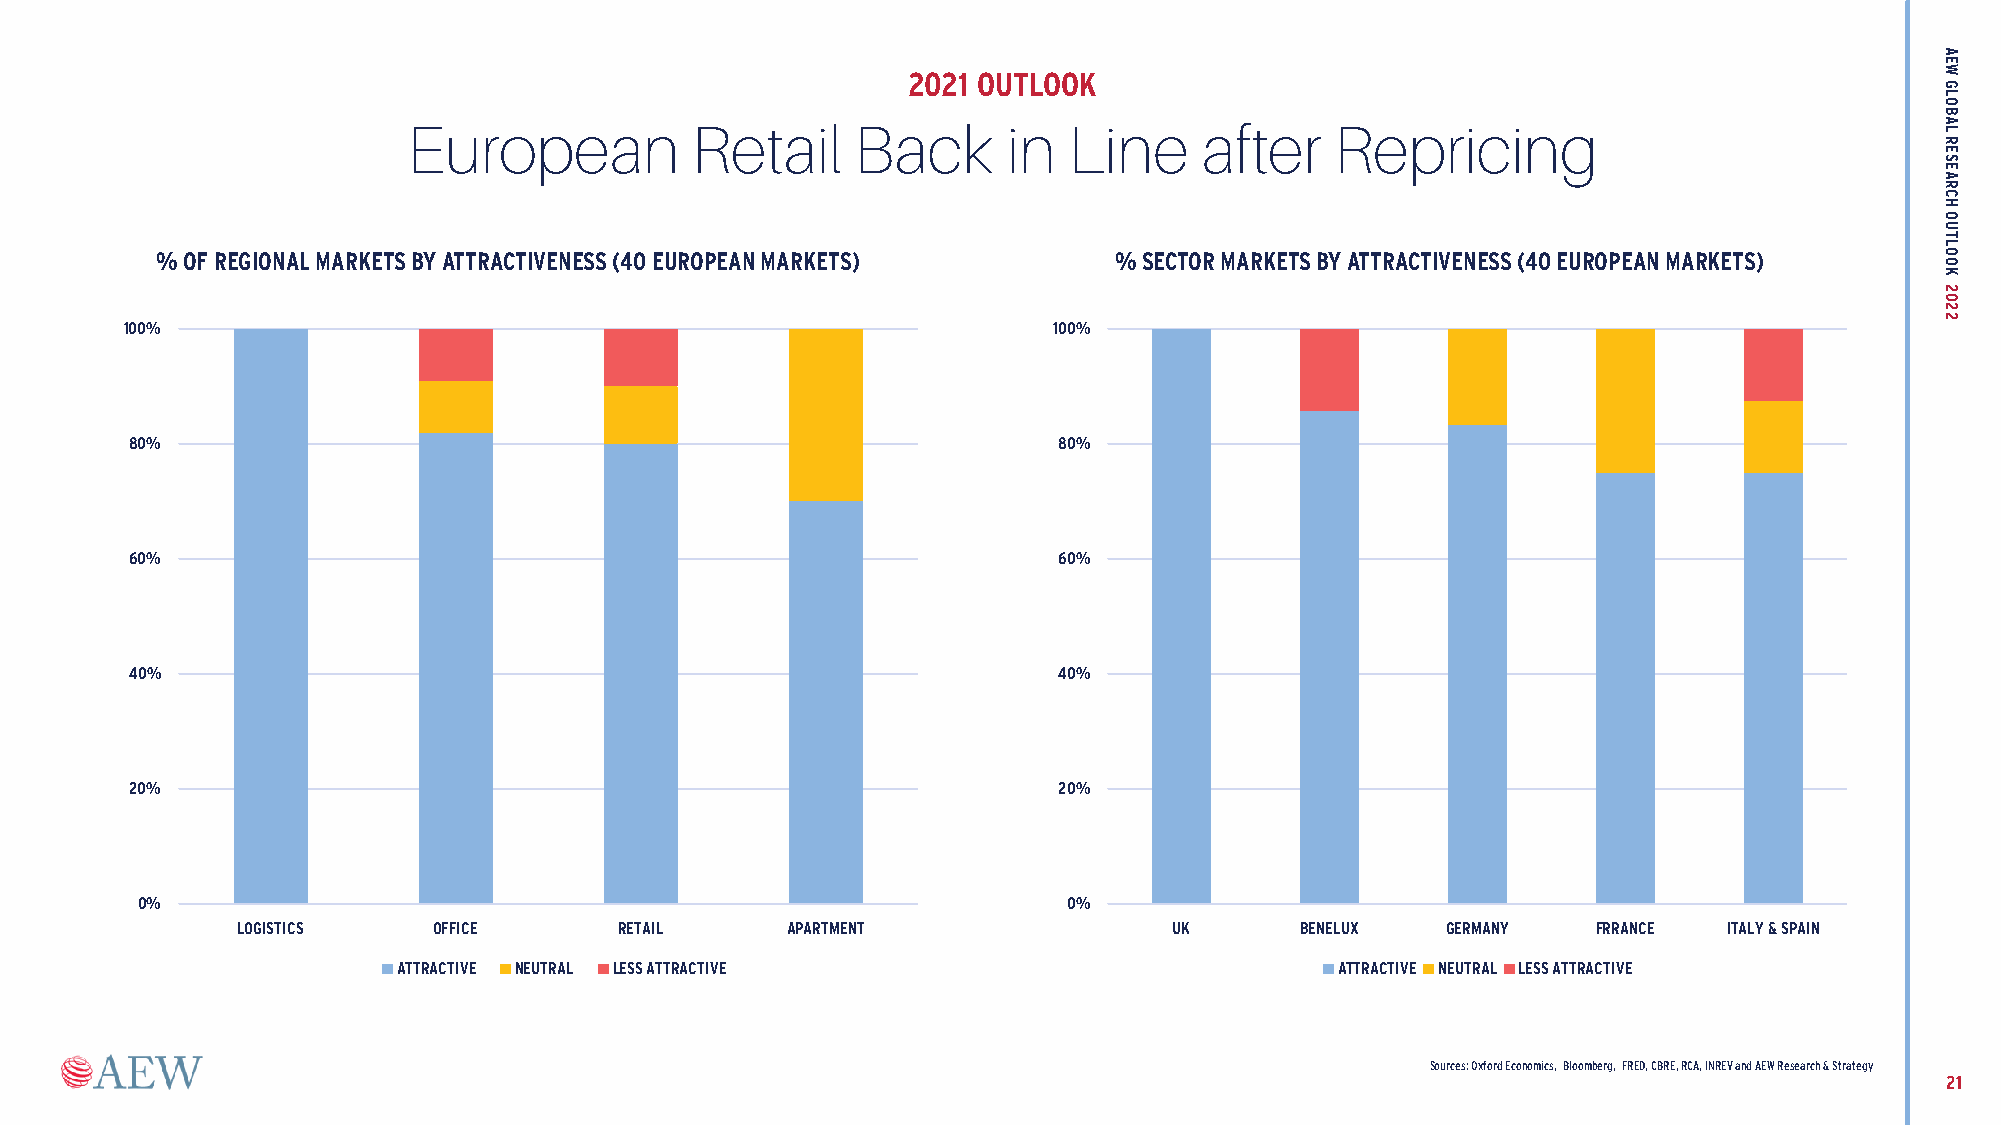
2021 OUTLOOK
 European           Retail     Back      in  Line     after   Repricing
 % OF REGIONAL MARKETS BY ATTRACTIVENESS (40 EUROPEAN MARKETS)   % SECTOR MARKETS BY ATTRACTIVENESS (40 EUROPEAN MARKETS)
 100%                                                          100%
 80%                                                          80%
 60%                                                          60%
 40%                                                          40%
 20%                                                          20%
 0%                                                            0%
 LOGISTICS    OFFICE      RETAIL     APARTMENT                 UK      BENELUX   GERMANY   FRRANCE ITALY & SPAIN
 ATTRACTIVE NEUTRAL LESS ATTRACTIVE                             ATTRACTIVE NEUTRAL LESS ATTRACTIVE
 Sources: Oxford Economics, Bloomberg, FRED, CBRE, RCA, INREV and AEW Research & Strategy
 21
 AEW
 GLOBAL
 RESEARCH
 OUTLOOK
 2022